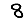
Digit: 8